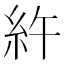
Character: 𥾿